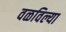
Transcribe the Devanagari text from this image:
वळविल्या